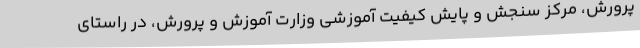
پرورش، مرکز سنجش و پایش کیفیت آموزشی وزارت آموزش و پرورش، در راستای